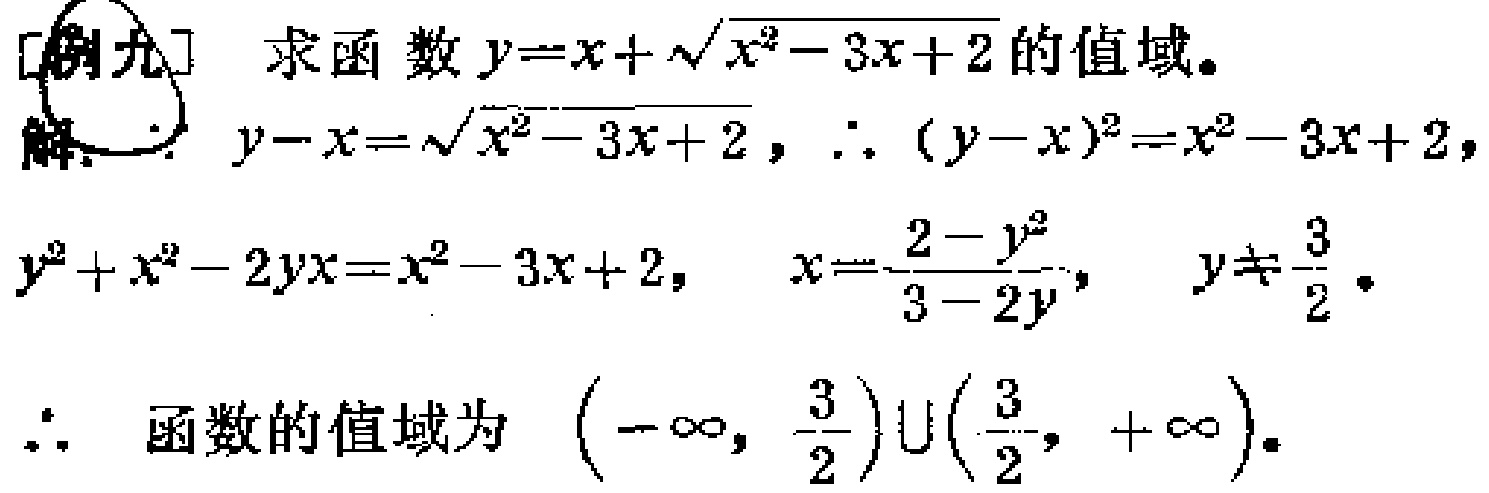
[例九] 求函数\(y = x+\sqrt{x^{2}-3x + 2}\)的值域。

解：\(y - x=\sqrt{x^{2}-3x + 2}\)，\(\therefore (y - x)^{2}=x^{2}-3x + 2\)，

\(y^{2}+x^{2}-2yx=x^{2}-3x + 2\)，\(x=\frac{2 - y^{2}}{3 - 2y}\)，\(y\neq\frac{3}{2}\)。

\(\therefore\) 函数的值域为\((-\infty,\frac{3}{2})\cup(\frac{3}{2},+\infty)\)。